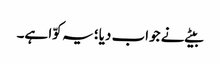
بیٹے نے جواب دیا؛ یہ کوّا ہے۔